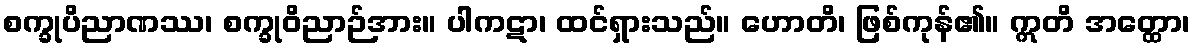
စက္ခုပိညာဏဿ၊ စက္ခုဝိညာဉ်အား။ ပါကဋာ၊ ထင်ရှားသည်။ ဟောတိ၊ ဖြစ်ကုန်၏။ ဣတိ အတ္ထော၊